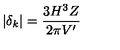
| \delta _ { k } | = \frac { 3 H ^ { 3 } Z } { 2 \pi V ^ { \prime } }